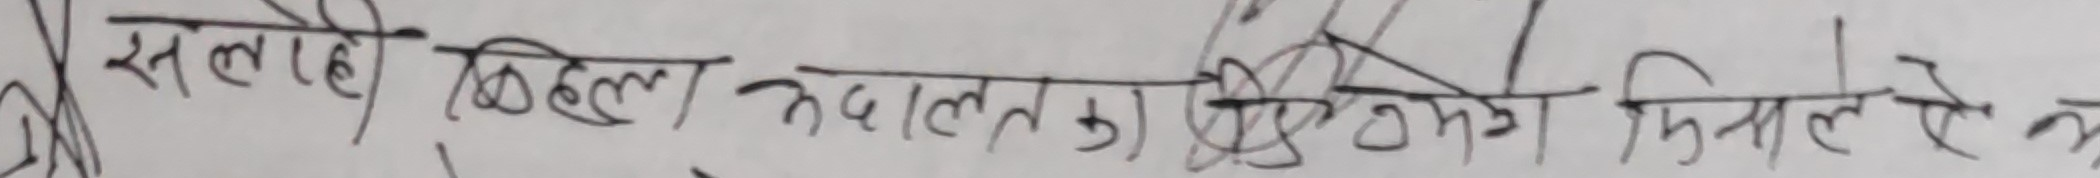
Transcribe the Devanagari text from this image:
सन्तही बिहेला अदालतको भृठो निनाले अ